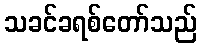
သခင်ခရစ်တော်သည်